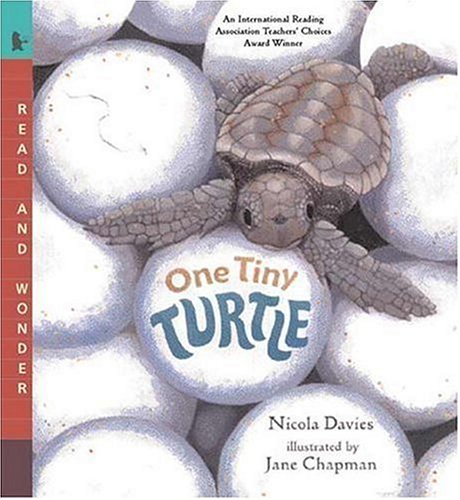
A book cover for One Tiny Turtle: Read and Wonder; Nicola Davies; Children's Books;